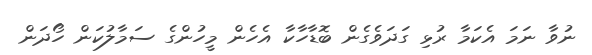
ނުވާ ނަމަ އެކަމާ ރުޅި ގަދަވެގެން ބޮޑާހާކާ އެހެން މީހުންގެ ސަމާލުކަން ހޯދަން